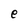
Character: e